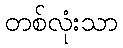
တစ်လုံးသာ